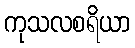
ကုသလစရိယာ